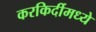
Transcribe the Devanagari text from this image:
करकिर्दीमध्ये